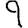
Digit: 9